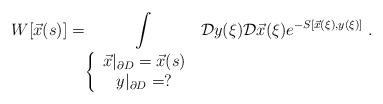
LaTeX: \begin{align*}W[\vec{x}(s)]=\int\limits _{\left\{ \begin{array}{c}\vec{x}|_{\partial D}=\vec{x}(s)\\y|_{\partial D}=?\end{array}\right. }\mathcal{D}y(\xi )\mathcal{D}\vec{x}(\xi )e^{-S[\vec{x}(\xi ),y(\xi )]}\; .\end{align*}